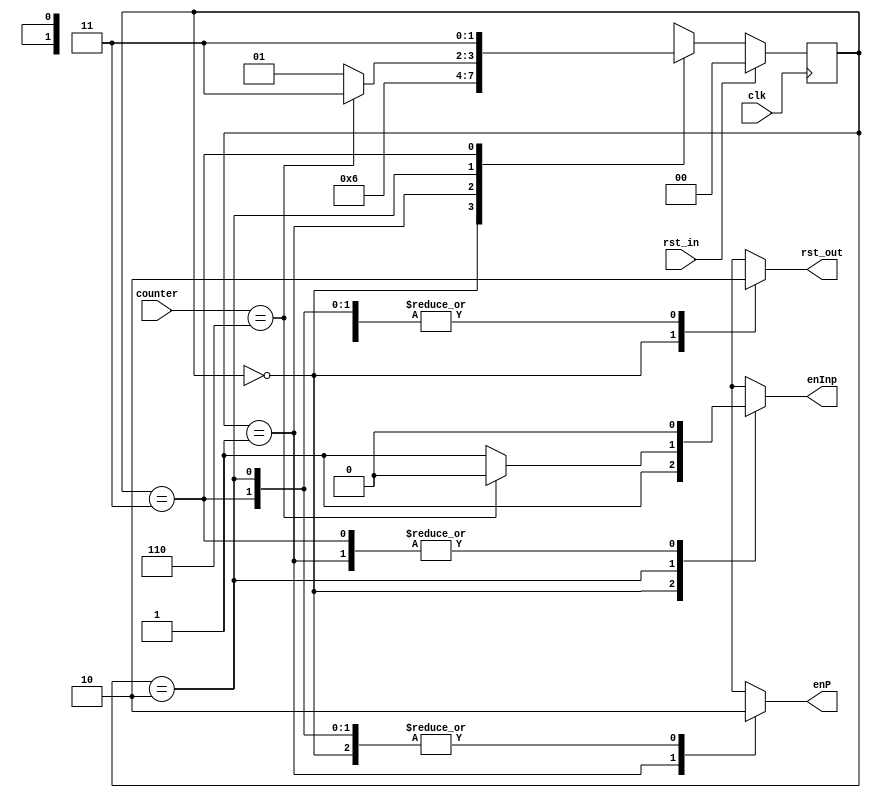
module control #(
    parameter STATE_WIDTH = 2,
    parameter COUNTER_SIZE = 4
  ) (
    input clk, rst_in,
    input [(COUNTER_SIZE-1):0] counter,
    output wire enP, rst_out, enInp
  );

  //two state version means we have 2 main states now, muxes and charge
  // muxes raises enInp - saving the mux_input result and the enable for mux_op
  // charge raises enP - saving the partial product in reg_P
  localparam start = 0, muxes = 1, charge = 2, final = 3 ;
  reg [(STATE_WIDTH-1):0] reg_state, next;
  reg enP_sg, rst_out_sg, enInp_sg;

  always @(posedge clk) begin
    if (rst_in)
        reg_state <= start;
    else 
        reg_state <= next;
  end

  //slightly more complex fsm with 4 states now. 
  always @(*) begin
    case (reg_state)
      start: begin
        next = muxes;
        enP_sg = 1'b0;
        rst_out_sg = 1'b1;
        enInp_sg = 1'b1;
      end
      muxes: begin
          next = charge;
          enP_sg = 1'b1;
          rst_out_sg = 1'b0;
          enInp_sg = 1'b0;
      end
      charge: begin
        if (counter == 4'd6) begin
          next = final;
          enP_sg = 1'b0;
          rst_out_sg = 1'b0;
          enInp_sg = 1'b0;
        end else begin
          next = muxes;
          enP_sg = 1'b0;
          rst_out_sg = 1'b0;
          enInp_sg = 1'b1;
        end
      end
      final: begin
        next = final;
        enP_sg = 1'b0;
        rst_out_sg = 1'b0;
        enInp_sg = 1'b0;
      end
    endcase
  end
  assign enP = enP_sg;
  assign rst_out = rst_out_sg;
  assign enInp = enInp_sg;
endmodule